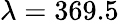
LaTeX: \lambda=369.5